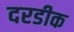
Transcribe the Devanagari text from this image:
दरडीक